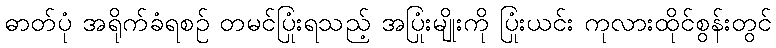
ဓာတ်ပုံ အရိုက်ခံရစဉ် တမင်ပြုံးရသည့် အပြုံးမျိုးကို ပြုံးယင်း ကုလားထိုင်စွန်းတွင်